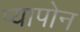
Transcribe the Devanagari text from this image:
प्यापोन